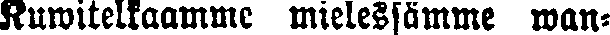
Kuwitelkaamme mielessämme wan-